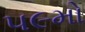
૫૯મો